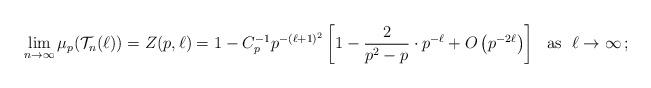
LaTeX: \begin{align*}\lim_{n\to \infty} \mu_p (\mathcal{T}_n(\ell)) = Z(p,\ell)=1-C_p^{-1} p^{-(\ell+1)^2}\left[ 1- \frac{2}{p^2-p}\cdot p^{-\ell}+O\left( p^{-2\ell}\right) \right] \ \ {\mathrm{as}}\ \ \ell\to \infty\,;\end{align*}